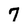
Character: 7